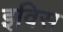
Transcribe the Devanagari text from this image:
इविस